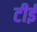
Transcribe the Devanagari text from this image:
टीई